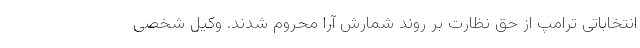
انتخاباتی ترامپ از حق نظارت بر روند شمارش آرا محروم شدند. وکیل شخصی